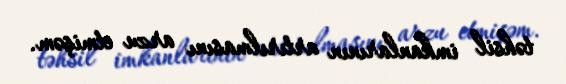
təhsil imkanlarının artırılmasını arzu etmişəm.